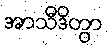
အာသီဒိတွာ